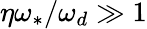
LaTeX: \eta\omega_{\ast}/\omega_{d}\gg 1